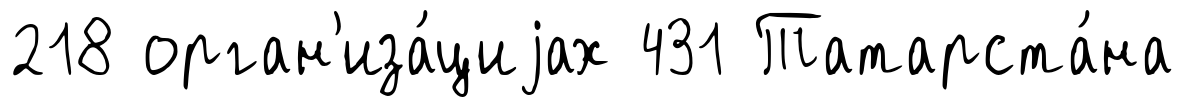
218 орган'иза́циjах 431 Татарста́на